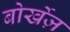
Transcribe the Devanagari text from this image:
बोर्खेज़